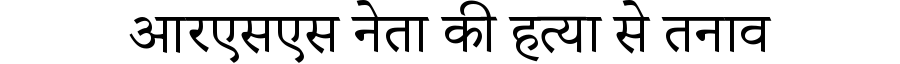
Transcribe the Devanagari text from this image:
आरएसएस नेता की हत्या से तनाव